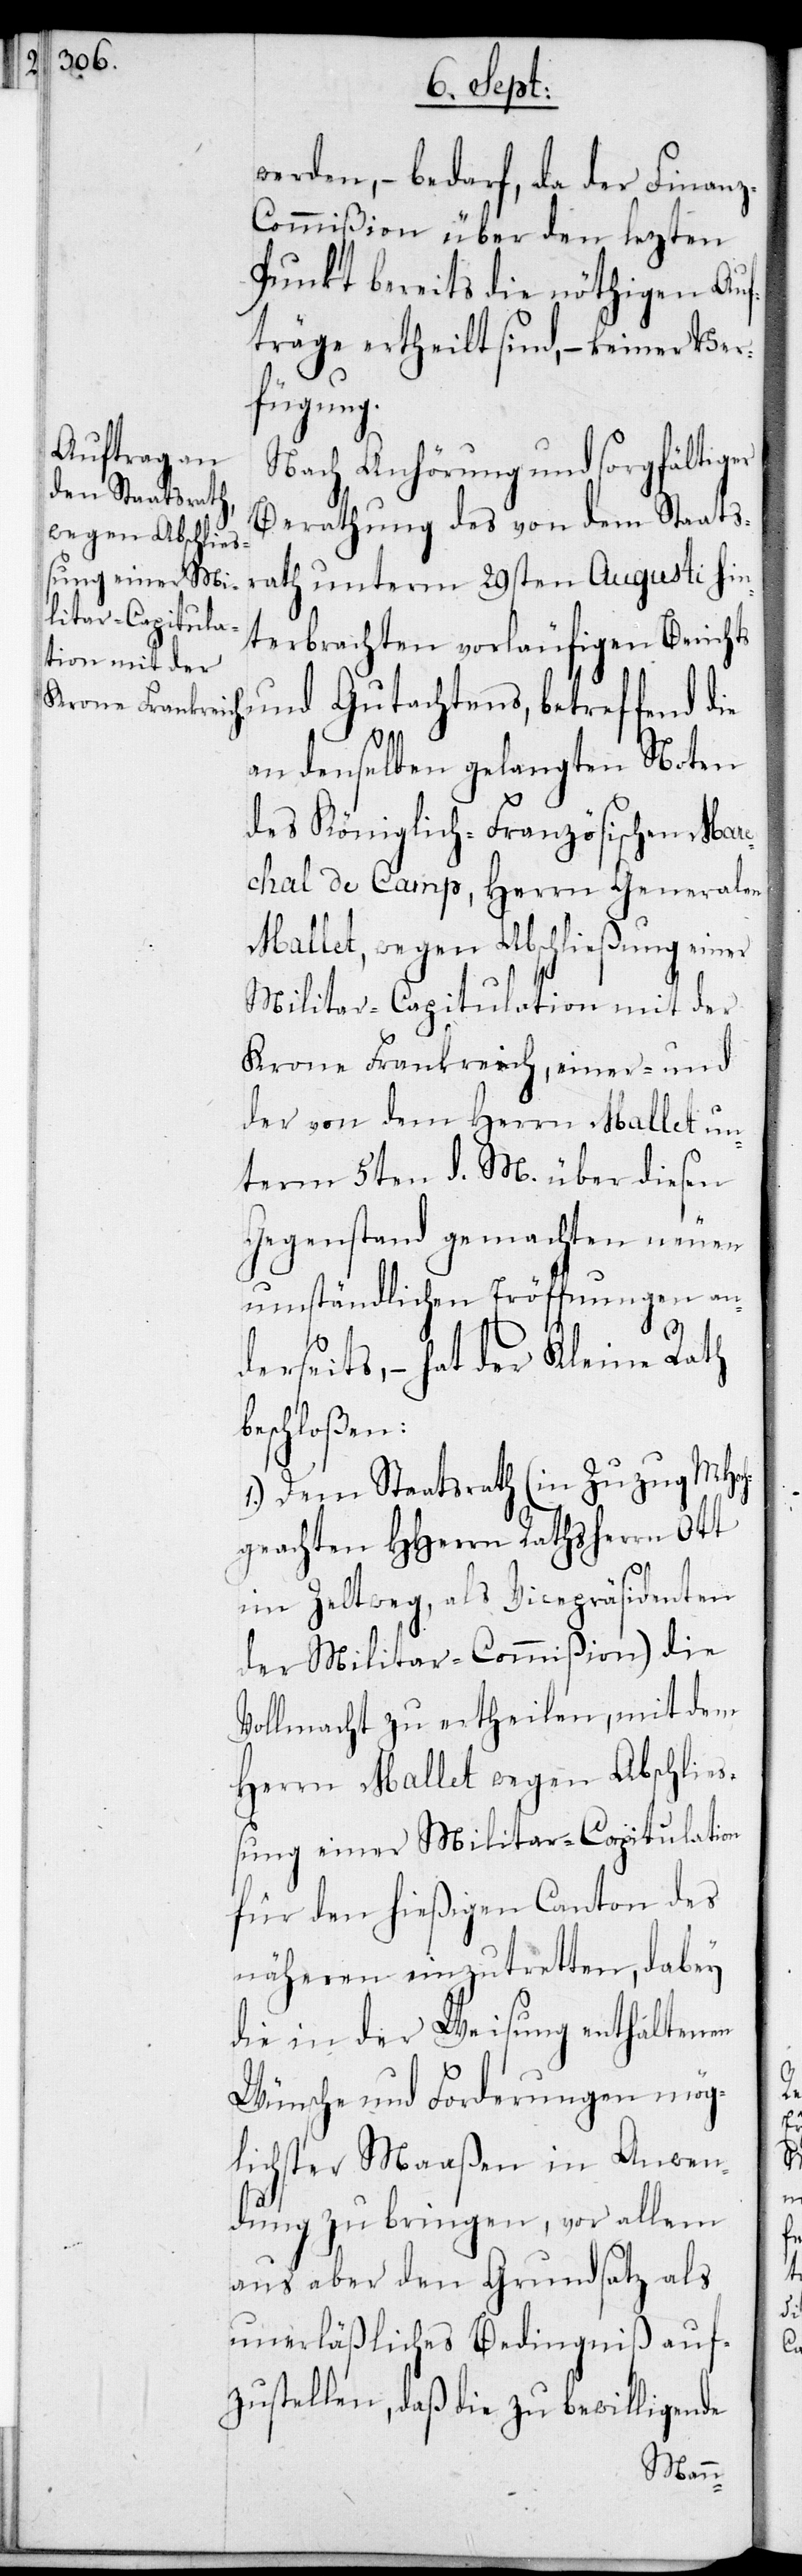
werden, – bedarf, da der Finan¬
z-Commißion über den lezten
Punkt bereits die nöthigen Auf¬
träge ertheilt sind, – keiner Ver¬
fügung.
Nach Anhörung und sorgfältiger
Berathung des von dem Staats¬
rath unterm 29sten Augusti hin¬
terbrachten vorläufigen Berichts
und Gutachtens, betreffend die
an denselben gelangten Noten
des Königlich-Französischen Mare¬
chal de Camp, Herrn Generalen
Mallet, wegen Abschließung einer
Militar-Capitulation mit der
Krone Frankreich, einer- und
der von dem Herrn Mallet un¬
term 5ten d. M. über diesen
Gegenstand gemachten neuen
umständlichen Eröffnungen an¬
b¬
derseits, – hat der Kleine Rath
eschloßen:
1.) Dem Staatsrath (in Zuzug MHoch¬
geachten HHerrn Rathsherrn Ott
im Zeltweg, als Vicepräsidenten
der Militar-Commißion) die
Vollmacht zu ertheilen, mit dem
Herrn Mallet wegen Abschließ¬
ung einer Militar-Capitulation
für den hießigen Canton des
näheren einzutretten, dabey
die in der Weisung enthaltenen
Wünsche und Forderungen mög¬
lichster Maaßen in Anwen¬
dung zu bringen, vor allem
aus aber den Grundsatz als
unerläßliches Bedingniß auf¬
zustellen, daß die zu bewilligende